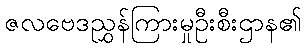
ဇလဗေဒညွှန်ကြားမှုဦးစီးဌာန၏